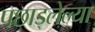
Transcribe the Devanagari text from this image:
पछाड्लेल्या